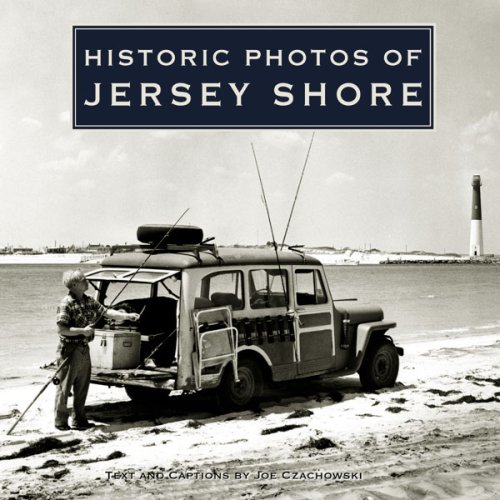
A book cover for Historic Photos of Jersey Shore; Joe Czachowski; Travel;